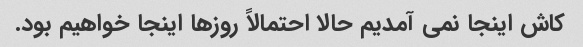
کاش اینجا نمی آمدیم حالا احتمالاً روزها اینجا خواهیم بود.